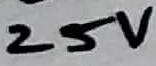
Text: 25V